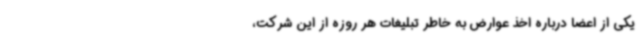
یکی از اعضا درباره اخذ عوارض به خاطر تبلیغات هر روزه از این شرکت،